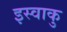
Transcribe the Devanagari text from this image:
इस्वाकु